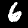
Label: 6